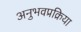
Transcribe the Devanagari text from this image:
अनुभवप्रक्रिया